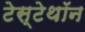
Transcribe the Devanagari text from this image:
टेस्टेथॉन